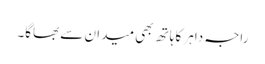
راجہ داہر کا ہاتھ بھی میدان سے بھاگا۔